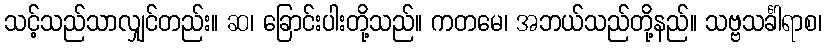
သင့်သည်သာလျှင်တည်း။ ဆ၊ ခြောင်းပါးတို့သည်။ ကတမေ၊ အဘယ်သည်တို့နည်။ သဗ္ဗသင်္ခါရာစ၊